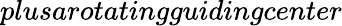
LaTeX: plusa\textit{rotatingguidingcenter}